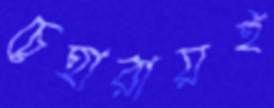
চেহারায়ই